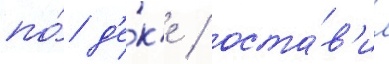
по́ д'е́к'е / оста́в'ил